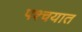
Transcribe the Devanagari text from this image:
पश्चयात